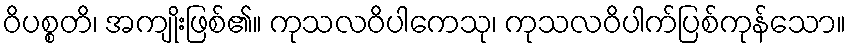
ဝိပစ္စတိ၊ အကျိုးဖြစ်၏။ ကုသလဝိပါကေသု၊ ကုသလဝိပါက်ပြစ်ကုန်သော။